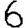
Digit: 6